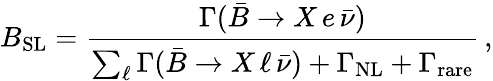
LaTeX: B_{\mathrm{SL}}={\frac{\Gamma(\bar{B}\to X\, e\, \bar{\nu})}{\sum_{\ell}\Gamma(\bar{B}\to X\, \ell\, \bar{\nu})+\Gamma_{\mathrm{NL}}+\Gamma_{\mathrm{rare}}}}\, ,